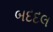
બદદલ